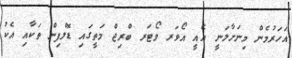
އަހަރުމެން މިނަށާލަނީ އެއީ އޯވަރ ވޯޓަރ ބްރިޖް މަތީގައި ޑޮލްފިން ތަކާއި އެކު